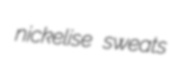
nickelise sweats